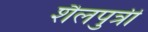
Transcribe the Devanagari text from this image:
शैलपुत्रीं